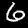
Label: 6